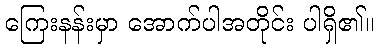
ကြေးနန်းမှာ အောက်ပါအတိုင်း ပါရှိ၏။